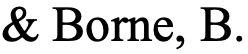
& Borne, B.